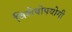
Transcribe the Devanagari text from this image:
विशेषोपयोगी